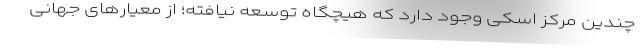
چندین مرکز اسکی وجود دارد که هیچگاه توسعه نیافته؛ از معیارهای جهانی